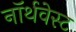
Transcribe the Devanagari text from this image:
नॉर्थवेस्‍ट